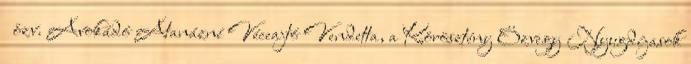
özv. Avokádó Atanázné Véceajtó Vendetta, a Körösztény Özvegy Nyugdíjasok